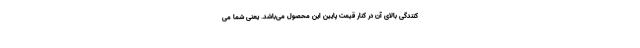
کنندگی بالای آن در کنار قیمت پایین این محصول می‌باشد. یعنی شما می